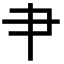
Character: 肀